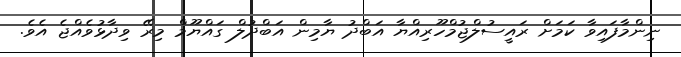
ނިންމާފައިވާ ކަމަށް ރައީސުލްޖުމްހޫރިއްޔާ އަބްދު ޔާމިން އަބްދުލް ގައްޔޫމް މިރޭ ވިދާޅުވެއްޖެ އެވެ.